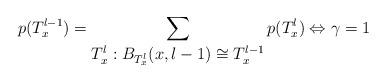
LaTeX: \begin{align*}p(T_x^{l-1})=\sum_{\displaystyle T_x^{l}: B_{T_x^{l}}(x,l-1)\cong T_x^{l-1}}p(T_x^{l})\Leftrightarrow \gamma=1\end{align*}